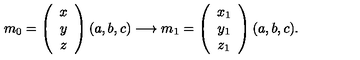
m _ { 0 } = \left( \begin{array} { c } { x } \\ { y } \\ { z } \\ \end{array} \right) ( a , b , c ) \longrightarrow m _ { 1 } = \left( \begin{array} { c } { x _ { 1 } } \\ { y _ { 1 } } \\ { z _ { 1 } } \\ \end{array} \right) ( a , b , c ) .